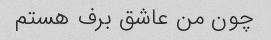
چون من عاشق برف هستم